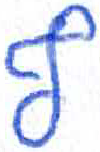
אות: ף